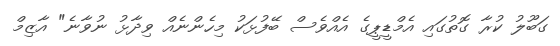
ގަބޫލު ކުރާ ގޮތުގައި އެމްޑީޕީގެ އެއްވެސް ބޭފުޅަކު މިހެންނެއް ވިދާޅު ނުވާނެ" އާޒިމް